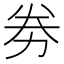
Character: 劵